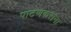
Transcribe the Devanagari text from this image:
पाटणकरांना